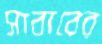
সাবাবের